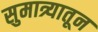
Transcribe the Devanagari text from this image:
सुमात्र्यातून